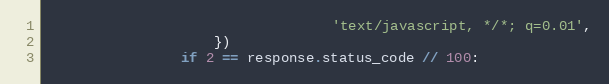
Language: Python
                                  'text/javascript, */*; q=0.01',
                    })
                if 2 == response.status_code // 100: